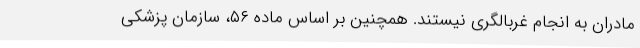
مادران به انجام غربالگری نیستند. همچنین بر اساس ماده ۵۶، سازمان پزشکی